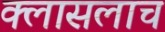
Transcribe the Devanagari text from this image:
क्लासलाच